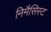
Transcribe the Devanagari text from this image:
निमैसिस्ट